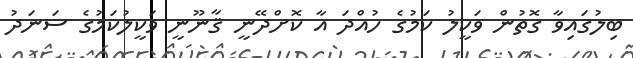
ބިލުގައިވާ ގޮތުން ވަކީލު ކަމުގެ ހުއްދަ އާ ކޮށްދޭނީ ޤާނޫނީ ވަކީލުކަމުގެ ސަނަދު